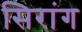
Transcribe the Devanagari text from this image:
सिरांग